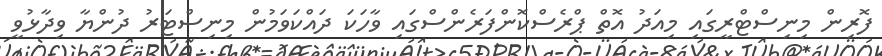
ފޮރިން މިނިސްޓްރީގައި މިއަދު އޮތް ޕްރެސްކޮންފަރެންސްގައި ވާހަކަ ދައްކަވަމުން މިނިސްޓަރު ދުންޔާ ވިދާޅުވީ